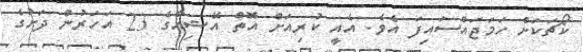
ކޯޗަކަށް ހަމަޖައްސައިފަ އެވެ. އެއީ ކުރިއަށް އޮތް އޭޝިއާގެ 23 އަހަރުން ދަށުގެ